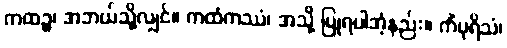
ကထဉ္စ၊ အဘယ်သို့လျှင်။ ကထံကဿံ၊ အသို့ ပြုရပါအံ့နည်း။ ကိံပုရိသံ၊